Document type: Sale
Year: 1209
Scribe: Arnau de Torre
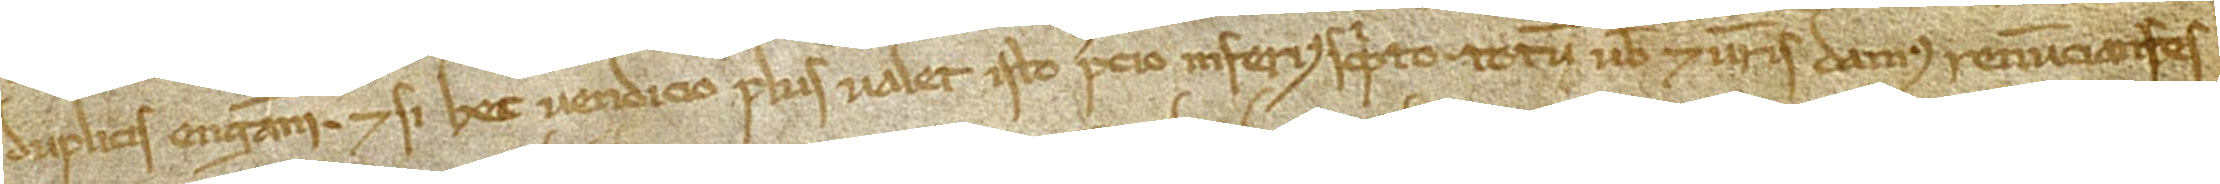
duplicis enganni. Et si hec vendicio plus valet isto precio inferius scripto, totum vobis et vestris damus, renunciantes